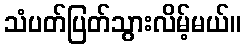
သံပတ်ပြတ်သွားလိမ့်မယ်။